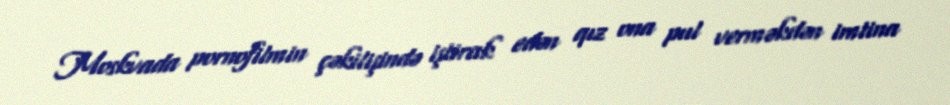
Moskvada pornofilmin çəkilişində iştirak edən qız ona pul verməkdən imtina